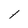
Character: l